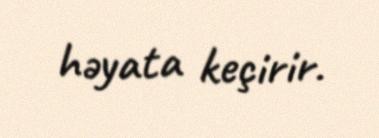
həyata keçirir.